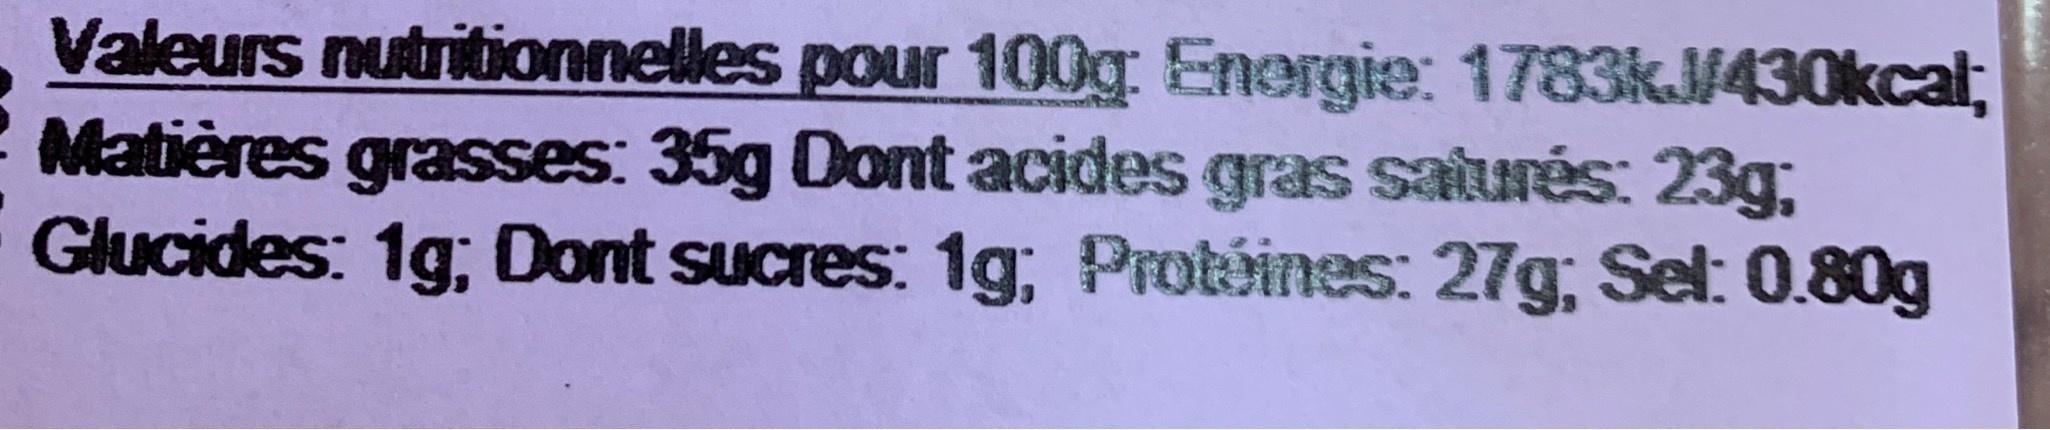
Valeurs nutritionnelles pour 100g Enorgie: 1783k.J/430kcal, Matières grasses: 35g Dont acides gras saurés: 23g; Glucides: 1g; Dont sucres: 1g; Protoines: 27g, Sel: 0.80g